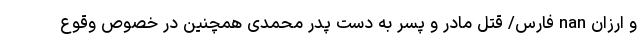
و ارزان nan فارس/ قتل مادر و پسر به دست پدر محمدی همچنین در خصوص وقوع